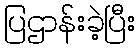
ပြဌာန်းခဲ့ပြီး